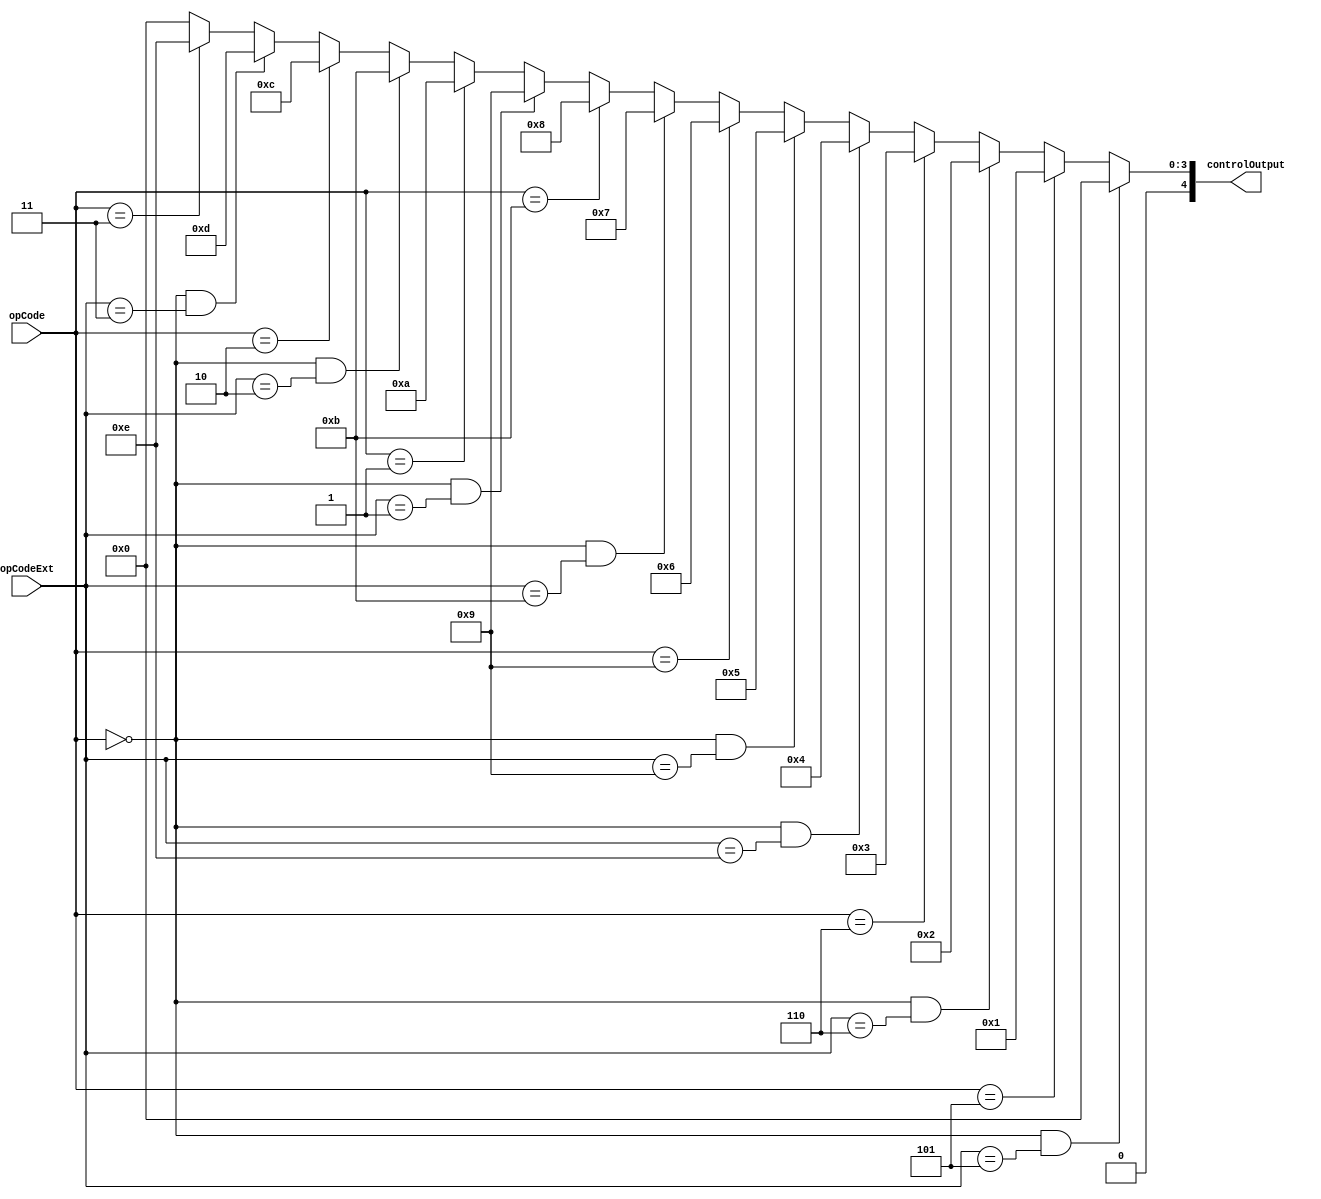
module AluControl(opCode, opCodeExt, controlOutput);
input [3:0]opCode, opCodeExt;
output reg [4:0] controlOutput;


always @(*)begin 
	controlOutput = 5'b00000;
	if(opCode == 4'b0000 && opCodeExt == 4'b0101)//if it is add
		controlOutput = 5'b00000;
	else if(opCode == 4'b0101)//if it is addi
		controlOutput = 5'b00001;
	else if(opCode == 4'b0000 && opCodeExt == 4'b0110)//if it is addu
		controlOutput = 5'b00010;
	else if(opCode == 4'b0110)//if it is addui
		controlOutput = 5'b00011;
	else if(opCode == 4'b0000 && opCodeExt == 4'b1110)//if it is mul
		controlOutput = 5'b00100;
	else if(opCode == 4'b0000 && opCodeExt == 4'b1001)//if it is sub
		controlOutput = 5'b00101;
	else if(opCode == 4'b1001)//if it is subi
		controlOutput = 5'b00110;
	else if(opCode == 4'b0000 && opCodeExt == 4'b1011)//if it is cmp
		controlOutput = 5'b00111;
	else if(opCode == 4'b1011)//if it is cmpi
		controlOutput = 5'b01000;
	else if(opCode == 4'b0000 && opCodeExt == 4'b0001)//if it is and
		controlOutput = 5'b01001;
	else if(opCode == 4'b0001)//if it is andi
		controlOutput = 5'b01010;
	else if(opCode == 4'b0000 && opCodeExt == 4'b0010)//if it is or
		controlOutput = 5'b01011;
	else if(opCode == 4'b0010)//if it is ori
		controlOutput = 5'b01100;
	else if(opCode == 4'b0000 && opCodeExt == 4'b0011)//if it is xor
		controlOutput = 5'b01101;
	else if(opCode == 4'b0011)//if it is xori
		controlOutput = 5'b01110;

end


endmodule